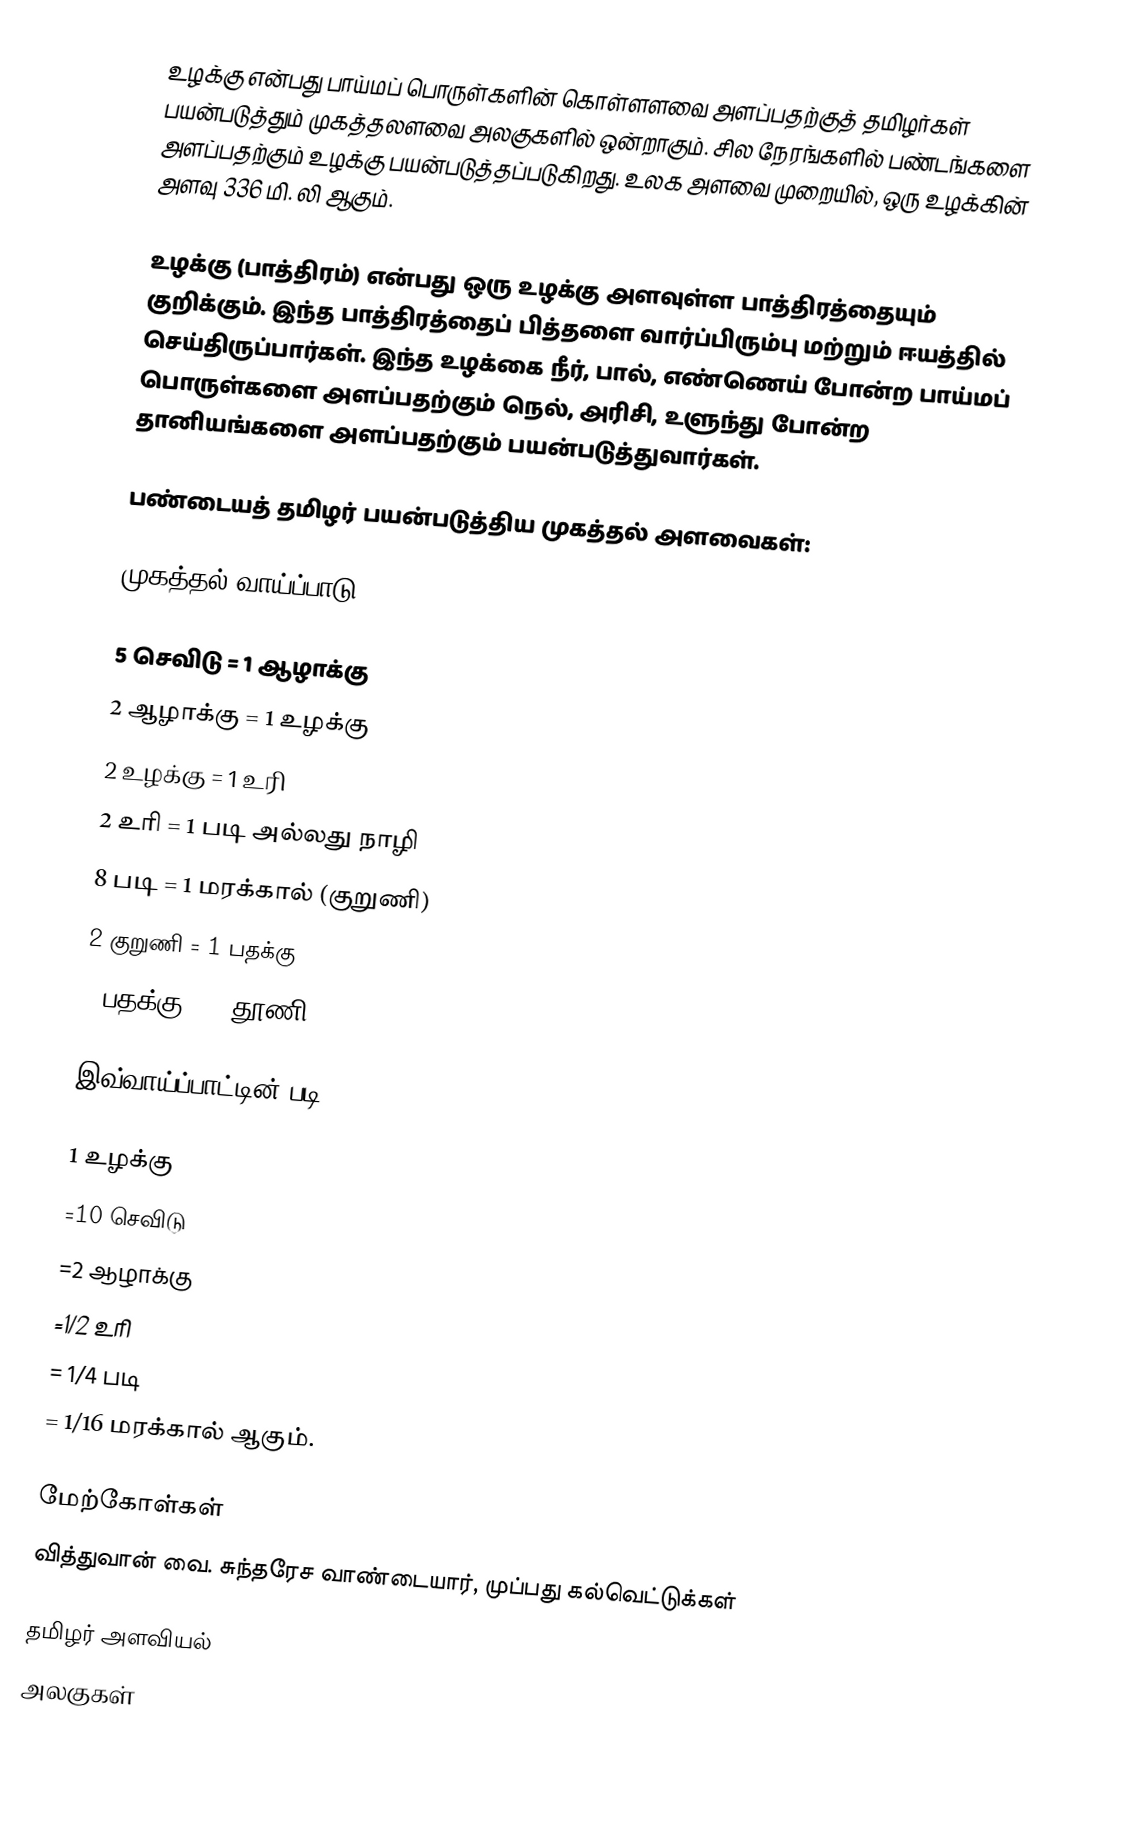
உழக்கு என்பது பாய்மப் பொருள்களின் கொள்ளளவை அளப்பதற்குத் தமிழர்கள் பயன்படுத்தும் முகத்தலளவை அலகுகளில் ஒன்றாகும். சில நேரங்களில் பண்டங்களை அளப்பதற்கும் உழக்கு பயன்படுத்தப்படுகிறது. உலக அளவை முறையில், ஒரு உழக்கின் அளவு 336 மி. லி ஆகும்.

உழக்கு (பாத்திரம்) என்பது ஒரு உழக்கு அளவுள்ள பாத்திரத்தையும் குறிக்கும். இந்த பாத்திரத்தைப் பித்தளை வார்ப்பிரும்பு மற்றும் ஈயத்தில் செய்திருப்பார்கள். இந்த உழக்கை நீர், பால், எண்ணெய் போன்ற பாய்மப் பொருள்களை அளப்பதற்கும் நெல், அரிசி, உளுந்து போன்ற தானியங்களை அளப்பதற்கும் பயன்படுத்துவார்கள்.

பண்டையத் தமிழர் பயன்படுத்திய முகத்தல் அளவைகள்:

முகத்தல் வாய்ப்பாடு

5 செவிடு                 =        1 ஆழாக்கு
2 ஆழாக்கு                =        1 உழக்கு
2 உழக்கு                 =        1 உரி
2 உரி                    =        1 படி அல்லது நாழி
8 படி                    =        1 மரக்கால் (குறுணி)
2 குறுணி                 =        1 பதக்கு
2 பதக்கு                  =        1 தூணி

இவ்வாய்ப்பாட்டின் படி:

1 உழக்கு
            =10 செவிடு
            =2 ஆழாக்கு
            =1/2 உரி
            = 1/4 படி
            = 1/16 மரக்கால் ஆகும்.

மேற்கோள்கள்
வித்துவான் வை. சுந்தரேச வாண்டையார், முப்பது கல்வெட்டுக்கள்

தமிழர் அளவியல்
அலகுகள்